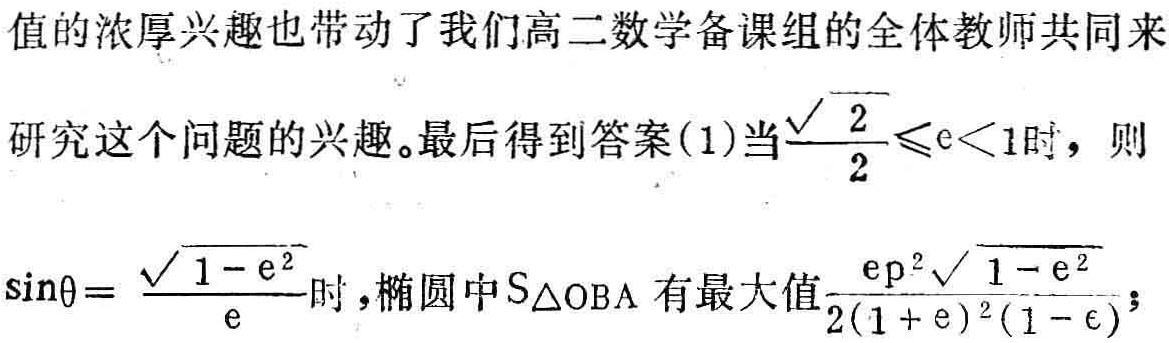
值的浓厚兴趣也带动了我们高二数学备课组的全体教师共同来研究这个问题的兴趣。最后得到答案(1)当$\frac{\sqrt{2}}{2}\leqslant \mathrm{e}<1$时，则$\sin\theta = \frac{\sqrt{1 - \mathrm{e}^{2}}}{\mathrm{e}}$时，椭圆中$S_{\triangle \mathrm{OBA}}$有最大值$\frac{\mathrm{e}p^{2}\sqrt{1 - \mathrm{e}^{2}}}{2(1 + \mathrm{e})^{2}(1 - \mathrm{e})}$；